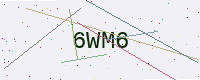
Text: 6WM6